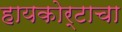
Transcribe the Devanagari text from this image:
हायकोर्टाचा